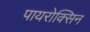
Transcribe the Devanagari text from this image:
पायरोक्सिन